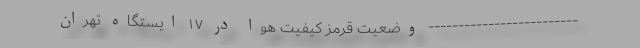
------------------------- وضعیت قرمز کیفیت هوا در ۱۷ ایستگاه تهران